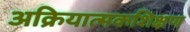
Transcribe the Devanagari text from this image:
अक्रियात्मकशिक्षण